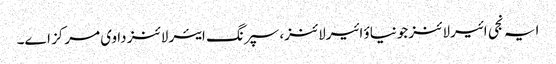
ایہ نجی ائیرلائنز جونیاؤ ائیرلائنز، سپرنگ ایئر لائنز دا وی مرکز ا‏‏ے۔